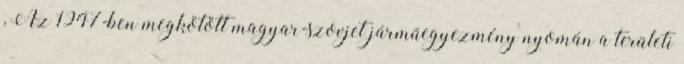
, Az 1947-ben megkötött magyar-szovjet járműegyezmény nyomán a területi